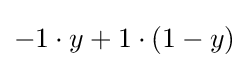
-1\cdot y+1\cdot (1-y)